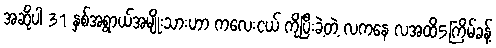
အဆိုပါ 31 နှစ်အရွာယ်အမျိုးသားဟာ ကလေးငယ် ကိုပြီးခဲ့တဲ့ လကနေ လအထိ5ကြိမ်ခန့်